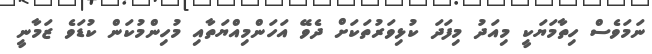
ނަމަވެސް ހިތާމަޔަކީ މިއަދު މިފަދަ ކުޅިވަރުތަކަށް ދެވޭ އަހަންމިއްޔަތާއި މުހިންމުކަން ކުޑަވެ ޒަމާނީ